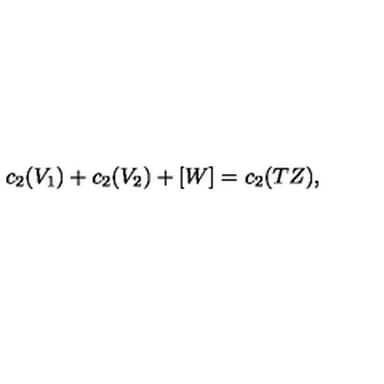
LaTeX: c _ { 2 } ( V _ { 1 } ) + c _ { 2 } ( V _ { 2 } ) + [ W ] = c _ { 2 } ( T Z ) ,